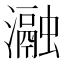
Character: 瀜